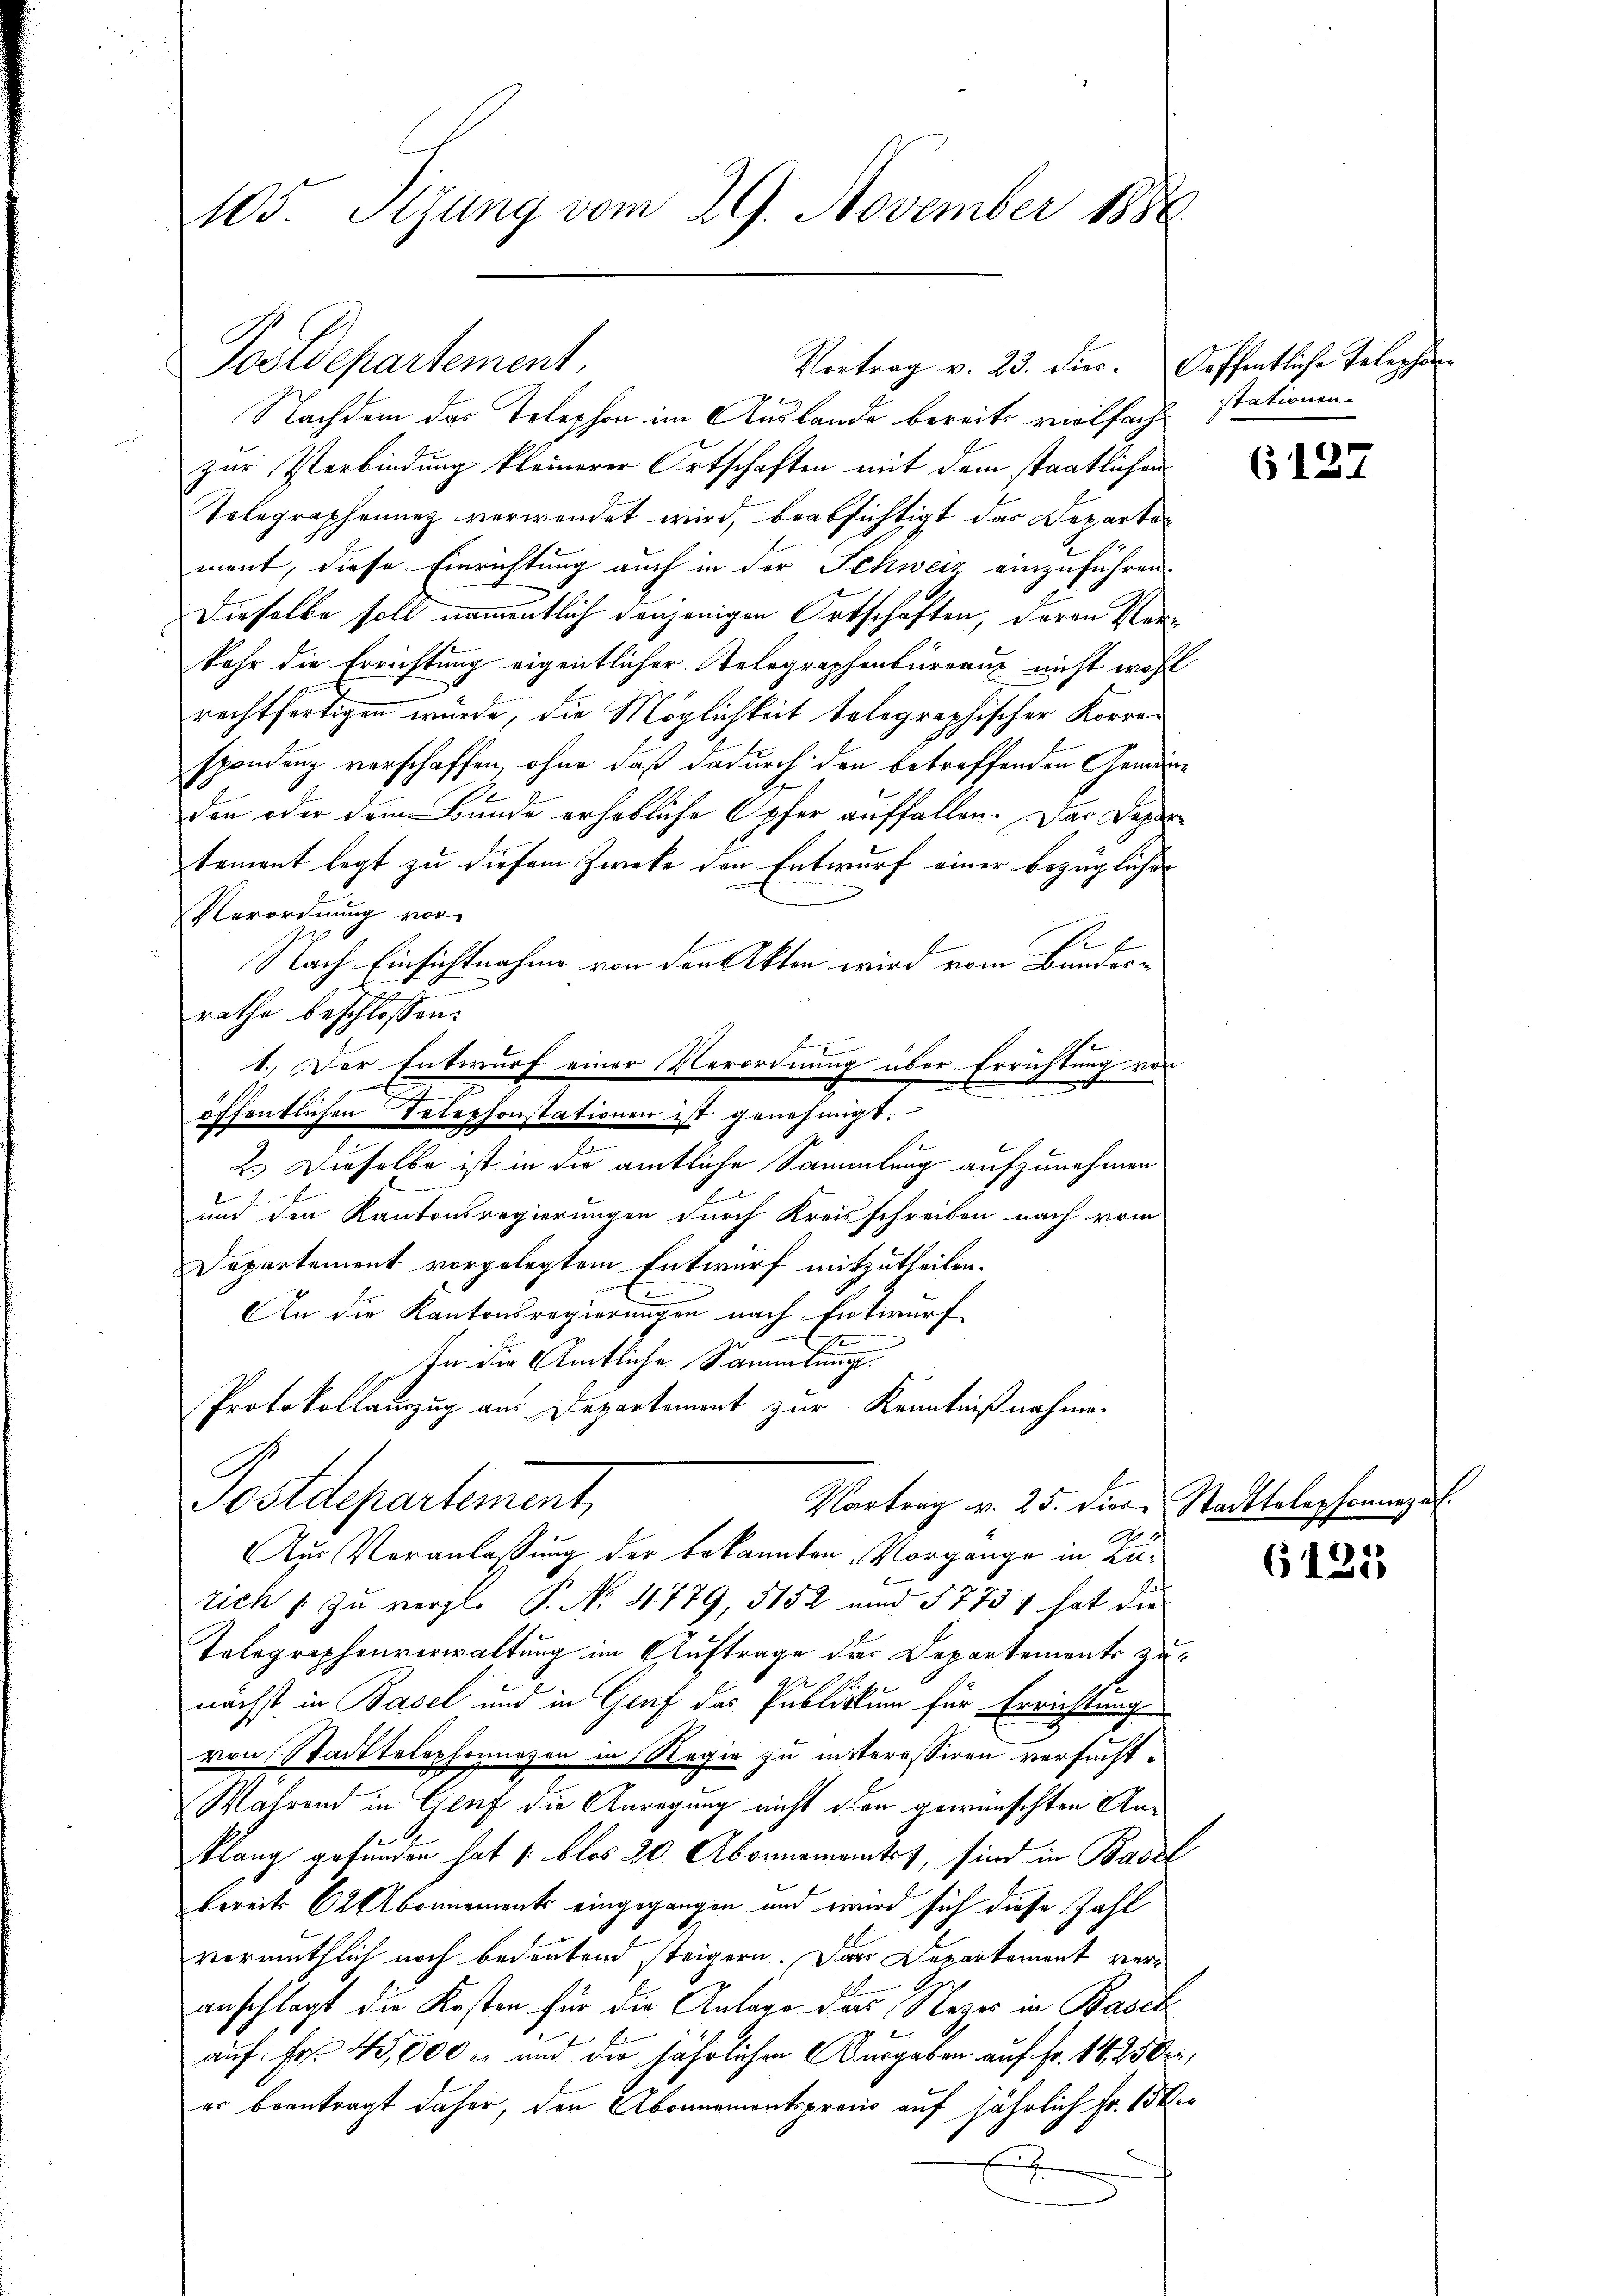
105. Sizung vom 29. November 1886

Postdepartement.

Nachdem das Telephon im Auslande bereits vielfach
zur Verbindung kleinerer Ortschaften mit dem staatlichen
Telegraphenunz verwendet wird, beabsichtigt das Departen
ment, diese Einrichtung auch in der Schweiz einzuführen.
Dieselbe soll namentlich denjenigen Ortschaften, deren Verkehr die Errichtung eigentlicher Telegraphenbureaus nicht wohl
rechtfertigen wurde, die Möglichkeit telegraphischer Korrespondenz verschaffen, ohne daß dadurch den betreffenden Gemeinden oder dem Bunde erhebliche Opfer auffallen. Das Depar
tement legt zu diesem Zwecke den Entwurf einer bezüglicher
Verordnung vor
1
Nach Einsichtnahme von den Akten wird vom Bundesf
rathe beschlossen:
u
1. Der Entwurf einer Verordnung über Errichtung von
öffentlichen Telephonstationen ist genehmigt.
2.) Dieselbe ist in die amtliche Sammlung aufzunehmen
und den Kantonsregierungen durch Kreisschreiben nach vom
Departement vorgelegtem Entwurf mitzutheilen.
An die Kantonsregierungen nach Entwurf
x
In der Amtliche Sammlung.
Protokollauszug aus Departement zur Kenntnißnahme.

Aus Veranlassung der bekannten Vorgange in Lutich 1 zu vergl. P. No. 4779, 5152 und 5775 7 hat die
Telegraphenverwaltung im Auftrage der Departements zunächst in Basel und in Graf das Publikum für Errichtung
von Stadttelephonnezen in Regie zu interessiren versucht.
Während in Genf die Anregung nicht dien gewünschten Anklang gefunden hat (: blos 20 Abonnements, sind in Basel
bereits 62 Abonnements eingegangen und wird sich diese Zahl
vermuthlich noch bedeutend steigern. Das Departement veranschlagt die Kosten für die Anlage das Rezer in Basel
auf Fr. 45,000 und die jährlichen Ausgaben auf Fr. 14, 25 der,
er beantragt daher, den Abonnementsprocio auf jährlich Fr. 13 k

Vortrag v. 23. Dier. Oeffentliche Telephon-

Postdepartement,
Vortrag v. 25. diere Stadttelephonnezuf

stationen

6127

6125